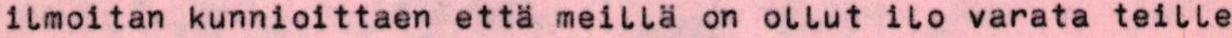
ilmoitan kunnioittaen että meillä on ollut ilo varata teille